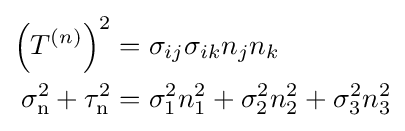
{\begin{aligned}\left(T^{(n)}\right)^{2}&=\sigma _{ij}\sigma _{ik}n_{j}n_{k}\\\sigma _{\mathrm {n} }^{2}+\tau _{\mathrm {n} }^{2}&=\sigma _{1}^{2}n_{1}^{2}+\sigma _{2}^{2}n_{2}^{2}+\sigma _{3}^{2}n_{3}^{2}\end{aligned}}